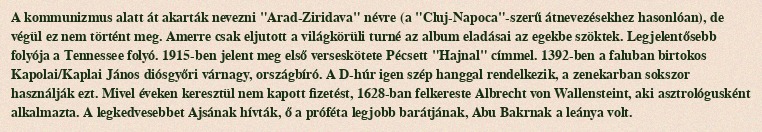
A kommunizmus alatt át akarták nevezni "Arad-Ziridava" névre (a "Cluj-Napoca"-szerű átnevezésekhez hasonlóan), de végül ez nem történt meg. Amerre csak eljutott a világkörüli turné az album eladásai az egekbe szöktek. Legjelentősebb folyója a Tennessee folyó. 1915-ben jelent meg első verseskötete Pécsett "Hajnal" címmel. 1392-ben a faluban birtokos Kapolai/Kaplai János diósgyőri várnagy, országbíró. A D-húr igen szép hanggal rendelkezik, a zenekarban sokszor használják ezt. Mivel éveken keresztül nem kapott fizetést, 1628-ban felkereste Albrecht von Wallensteint, aki asztrológusként alkalmazta. A legkedvesebbet Ajsának hívták, ő a próféta legjobb barátjának, Abu Bakrnak a leánya volt.